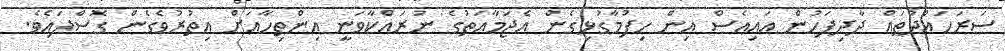
ސަރަހައްދުތައް ދާދިފަހުން އައިއެސް އިން ހިފުމާގުޅިގެން އެޖަމާއަތުގެ ނުރައްކާވަނީ އިންތިހާއަށް އިތުރުވެގެން ގޮސްފައެވެ.